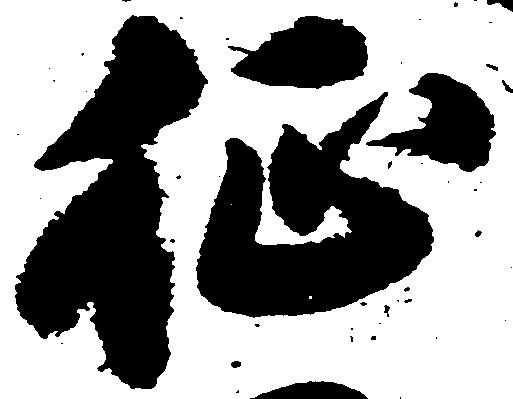
征